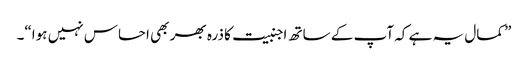
” کمال یہ ہے کہ آپ کے ساتھ اجنبیت کا ذرہ بھر بھی احساس نہیں ہوا“۔